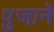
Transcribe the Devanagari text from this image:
पुजाने